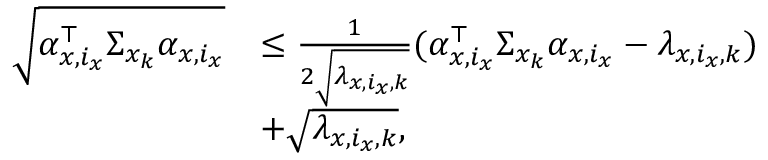
\begin{array} { r l } { \sqrt { \alpha _ { x , i _ { x } } ^ { \top } \Sigma _ { x _ { k } } \alpha _ { x , i _ { x } } } } & { \leq \frac { 1 } { 2 \sqrt { \lambda _ { x , i _ { x } , k } } } ( \alpha _ { x , i _ { x } } ^ { \top } \Sigma _ { x _ { k } } \alpha _ { x , i _ { x } } - \lambda _ { x , i _ { x } , k } ) } \\ & { + \sqrt { \lambda _ { x , i _ { x } , k } } , } \end{array}